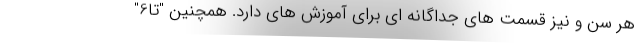
هر سن و نیز قسمت های جداگانه ای برای آموزش های دارد. همچنین "تا6"